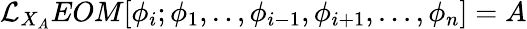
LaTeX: \mathcal{L}_{X_{A}}EOM[\phi_{i};\phi_{1},..,\phi_{i-1},\phi_{i+1},...,\phi_{n}]=A